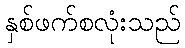
နှစ်ဖက်စလုံးသည်